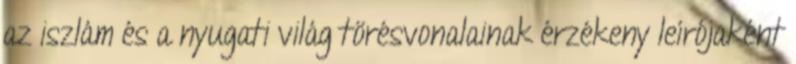
az iszlám és a nyugati világ törésvonalainak érzékeny leírójaként